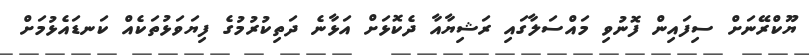
ޔޫކްރޭނަށް ސިފައިން ފޮނުވި މައްސަލާގައި ރަޝިޔާއާ ދެކޮޅަށް އަޅާނެ ދަތިކުރުމުގެ ފިޔަވަޅުތަކެއް ކަނޑައެޅުމަށް